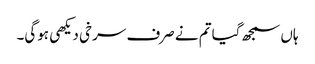
ہاں سمجھ گیا تم نے صرف سرخی دیکھی ہوگی۔